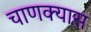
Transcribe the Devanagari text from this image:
चाणक्यास